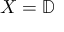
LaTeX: X = \mathbb { D }